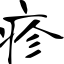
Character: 疹